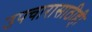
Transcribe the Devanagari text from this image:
उपचारासाठीही